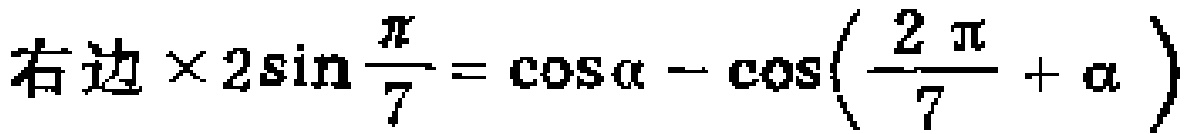
右边\times 2\sin\frac{\pi}{7}=\cos\alpha - \cos\left(\frac{2\pi}{7}+\alpha\right)